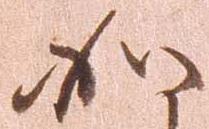
如